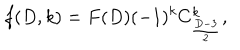
LaTeX: f ( D , k ) = F ( D ) ( - 1 ) ^ { k } C _ { \frac { D - 3 } { 2 } } ^ { k } ,